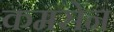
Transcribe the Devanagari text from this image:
कमसेन